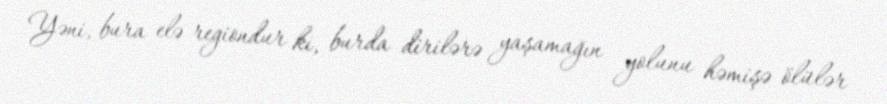
Yəni, bura elə regiondur ki, burda dirilərə yaşamağın yolunu həmişə ölülər